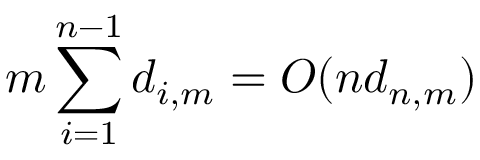
m \sum _ { i = 1 } ^ { n - 1 } d _ { i , m } = O ( n d _ { n , m } )